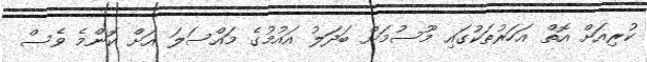
ކުރިއަށް އޮތް އަހަރުތަކުގައި މޫސުމަށް ބަދަލު އައުމުގެ މައްސަލަ އަށް ކޮންމެ ވެސް